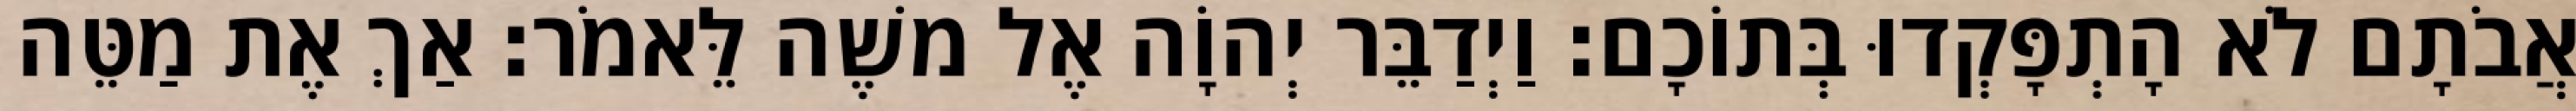
אֲבֹתָם לֹא הָתְפָּקְדוּ בְּתוֹכָם׃ וַיְדַבֵּר יְהוָֹה אֶל משֶׁה לֵּאמֹר׃ אַךְ אֶת מַטֵּה